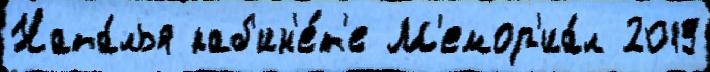
Ната́лья каб'ин'е́т'е М'емор'иа́л 2019